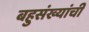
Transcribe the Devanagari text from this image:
बहुसंख्यांची